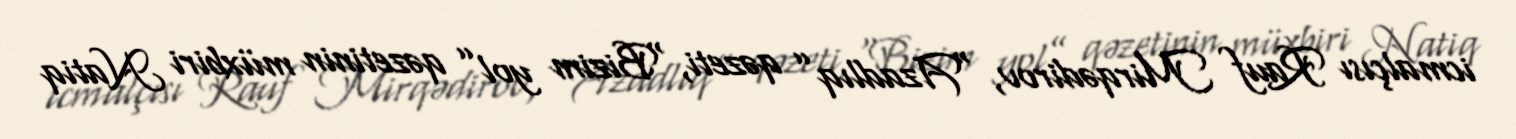
icmalçısı Rauf Mirqədirov, “Azadlıq” qəzeti, “Bizim yol” qəzetinin müxbiri Natiq